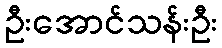
ဦးအောင်သန်းဦး